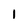
Character: 1